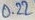
Text: 0.22